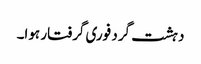
دہشت گرد فوری گرفتار ہوا۔